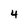
Character: 4